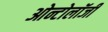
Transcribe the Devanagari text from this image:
ओन्टोलॉजी